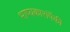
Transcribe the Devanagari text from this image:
भाष्यकारांपैकी